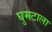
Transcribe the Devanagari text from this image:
घुमटाला